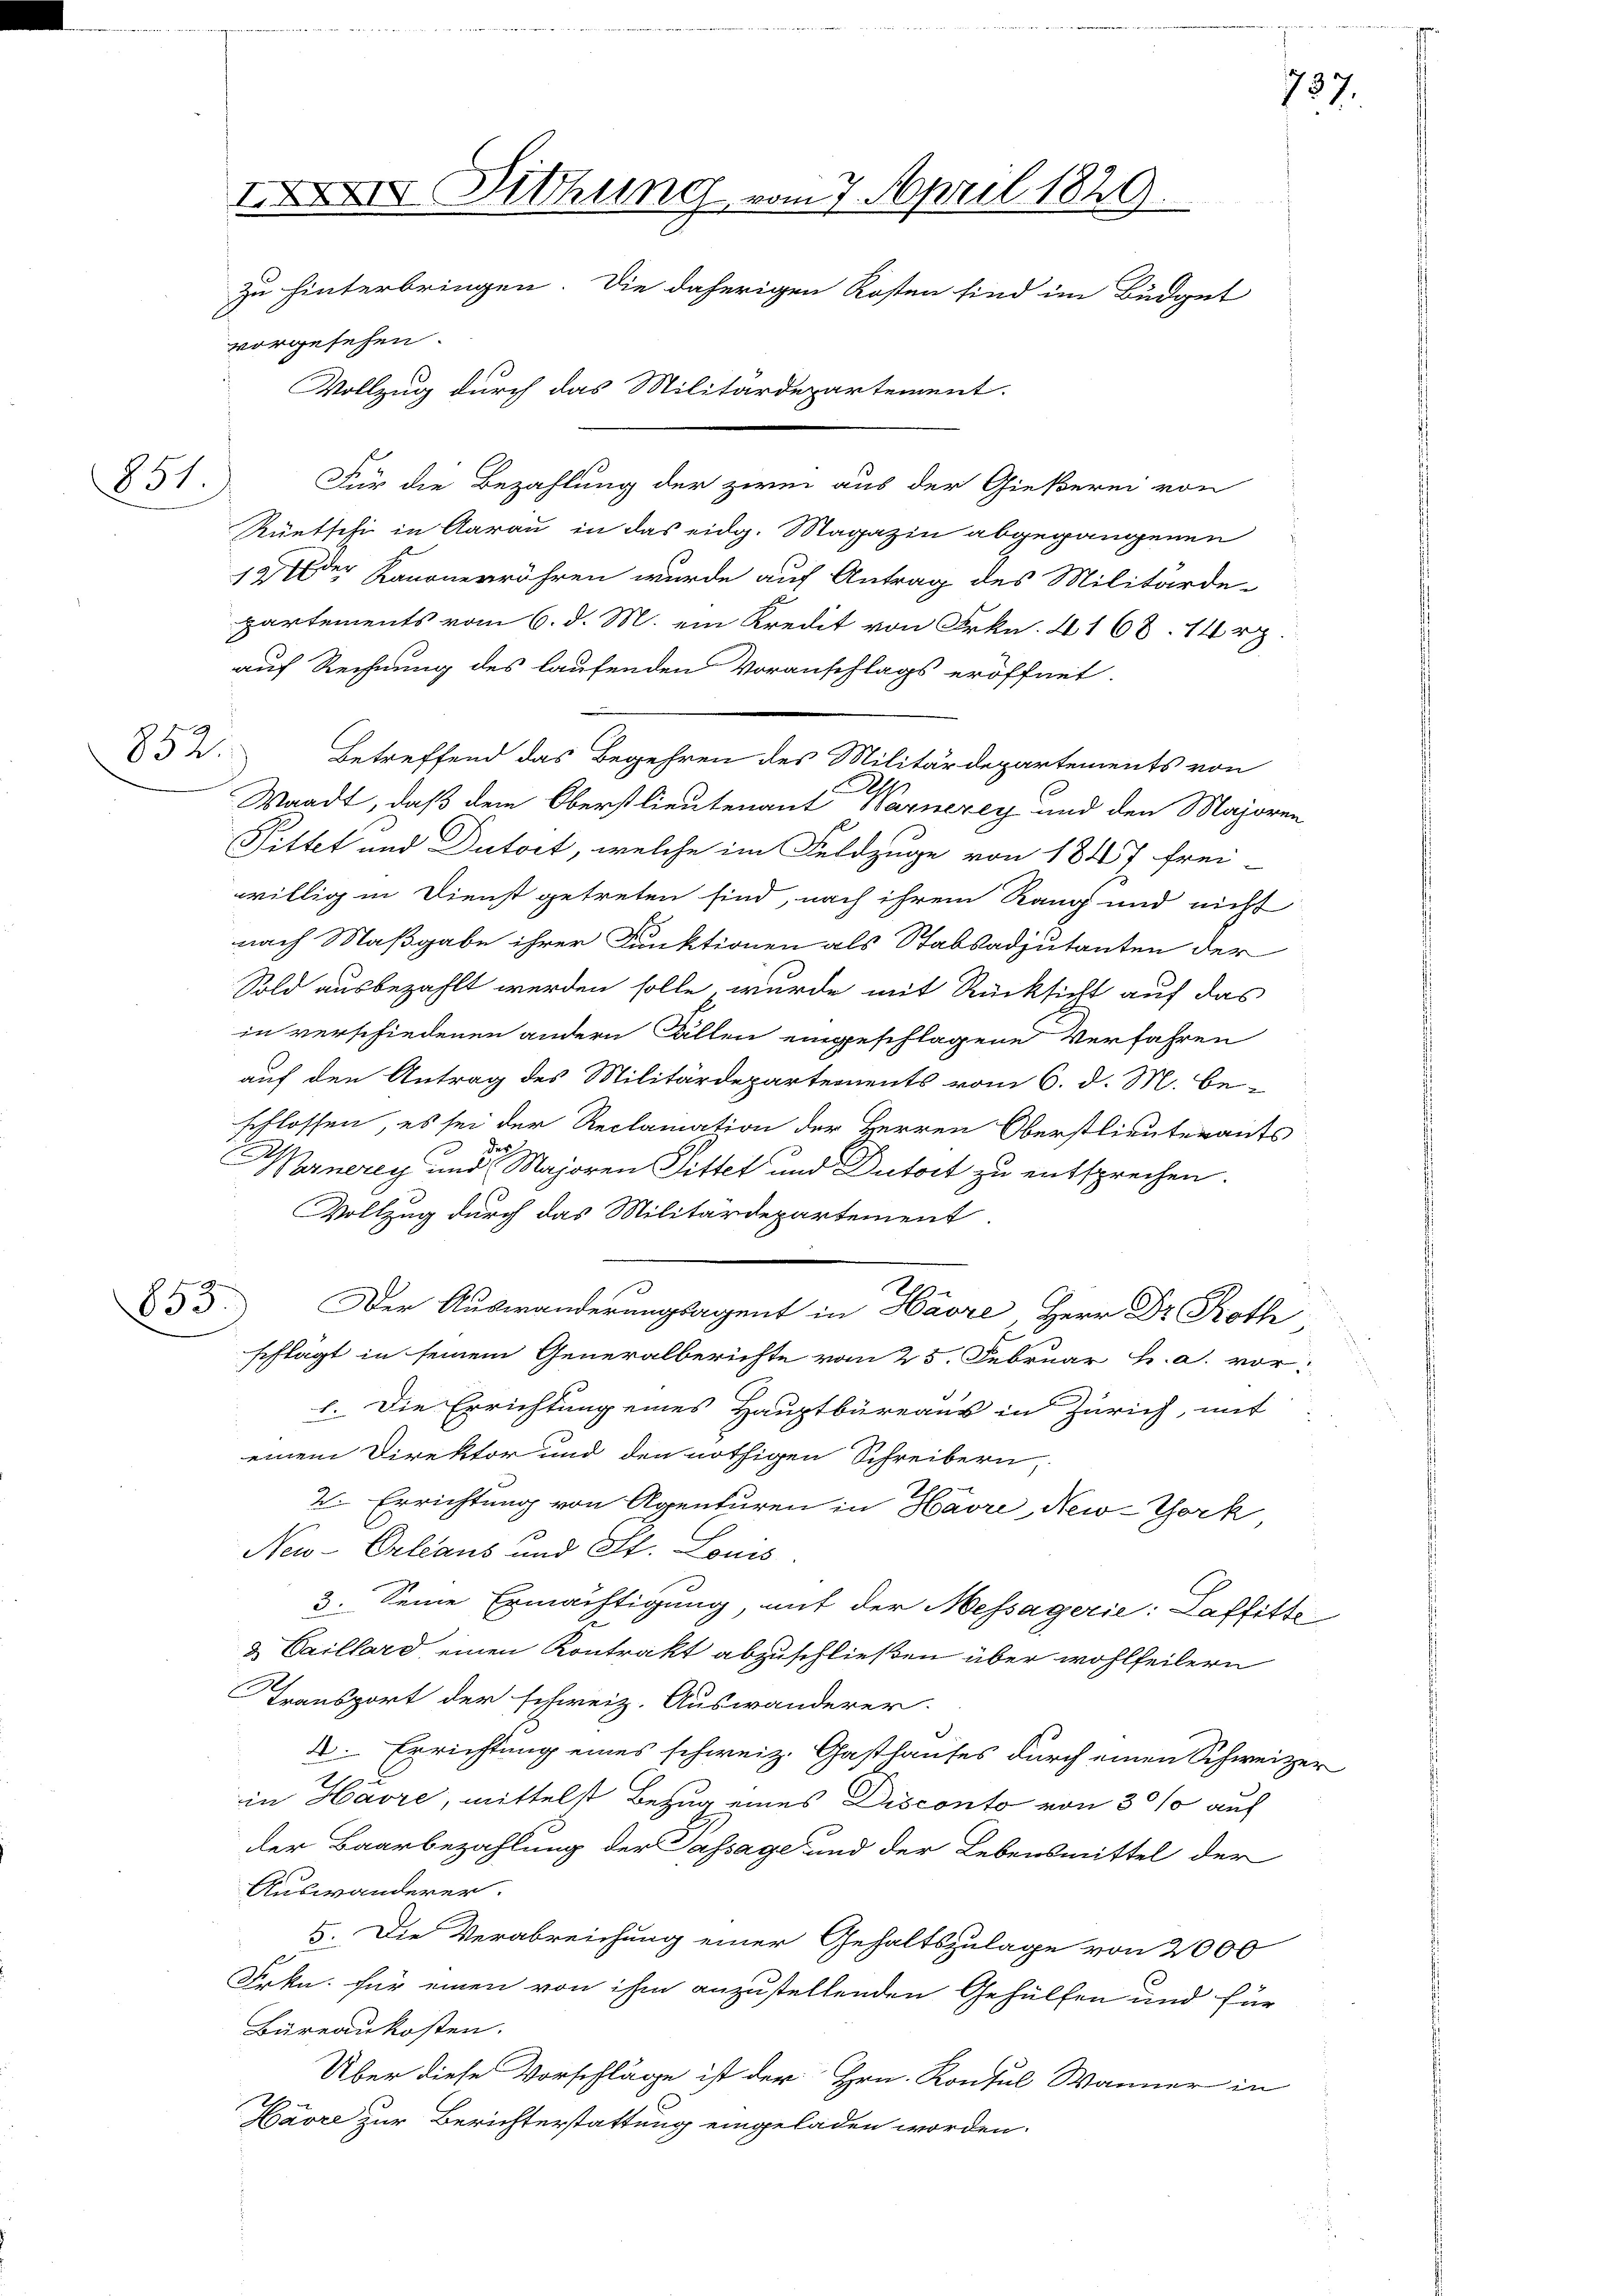
851.)

852

Für die Bezahlung der zwei aus der Gießerei von
Rüetschi in Aarau in das eidg. Magazin abgegangenen
12 der Kanonerröhren wurde auf Antrag des Militärde-
partements vom 6. d. M. ein Kredit von Frkn. 4168. 14 r
auf Rechnung des laufenden Voranschlags eröffnet.
Betreffend das Begehren des Militärdepartements von
Waadt, daß dem Oberstlieutenant Warnerey und den Majoren
Fittet und Dutort, welche im Feldzuge von 1847 frei-
willig in Dienst getreten sind, nach ihrem Rang und nicht
nach Maßgabe ihrer Funktionen als Stabsadjutanten der
Sold ausbezahlt werden solle, wurde mit Rücksicht auf das
in verschiedenen andern Fällen eingeschlagene Verfahren
auf den Antrag des Militärdepartements vom 6. d. M. be-
schlossen, es sei der Reclamation der Herren Oberstlieuterants
ynerey und der Majoren Sittet und Dutort zu entsprechen.
Vollzug durch das Militärdepartement.
853.
e
schlagt in seinem Generalberichte vom 25. Februar h. a. vor:
l. Die Errichtung eines Hauptbüreaus in Zürich, mit
einem Direktor und den nöthigen Schreibern,
V. Errichtung von Agenturen in Havre, New-York
New-Orleans und St. Louis
3. Seine Ermächtigung, mit der Messagerie: Laffitte
& Caillard, einen Kontrakt abzuschließen über wohlfeilern
Transport der schweiz. Auswanderer.
2. Errichtung eines schweiz. Gasthauses durch einen Schweizer
in Havre, mittelst Bezug eines Disconto von 30% auf
der Baarbezahlung der Passage und der Lebensmittel der
Auswanderer.
5. Die Verabreichung einer Gehaltszulage von 2000
Frkn. für einen von ihm anzustellenden Gehülfen und für
Büreaukosten.
Über diese Vorschläge ist der Hrn. Konsul Wanner in
Havre zur Berichterstattung eingeladen worden.

IXXIII. Mithung vom 7. April 1829.
zu hinterbringen. Die daherigen Kosten sind im Büdget
vorgesehen.
Vollzug durch das Militärdepartement.

737.